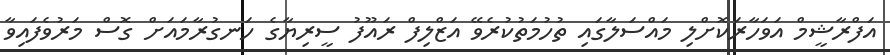
އަފްރާޝީމް އަވަހާރަކޮށްލި މައްސަލާގައި ތުހުމަތުކުރެވޭ އަޒްލިފް ރައޫފު ސީރިޔާގެ ހަނގުރާމައަށް ގޮސް މަރުވެފައިވާ